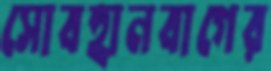
সোবহানবাগের